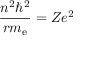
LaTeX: { \frac { n ^ { 2 } \hbar ^ { 2 } } { r m _ { \mathrm { { e } } } } } = Z e ^ { 2 }